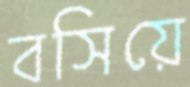
বসিয়ে